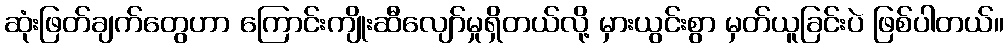
ဆုံးဖြတ်ချက်တွေဟာ ကြောင်းကျိုးဆီလျော်မှုရှိတယ်လို့ မှားယွင်းစွာ မှတ်ယူခြင်းပဲ ဖြစ်ပါတယ်။